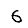
Digit: 6